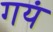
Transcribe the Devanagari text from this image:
गयं